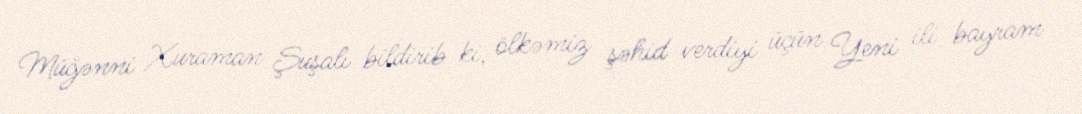
Müğənni Xuraman Şuşalı bildirib ki, ölkəmiz şəhid verdiyi üçün Yeni ili bayram